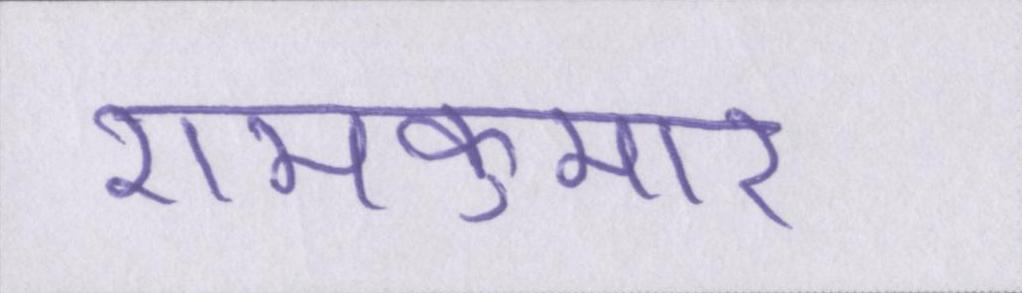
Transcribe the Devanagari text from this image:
रामकुमार